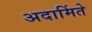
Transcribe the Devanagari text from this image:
अदामिंते